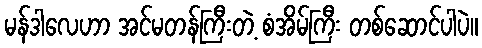
မန်ဒါလေဟာ အင်မတန်ကြီးတဲ့ စံအိမ်ကြီး တစ်ဆောင်ပါပဲ။